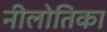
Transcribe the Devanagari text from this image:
नीलोतिका